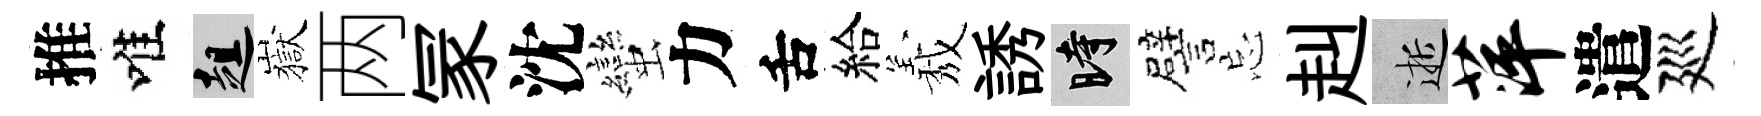
推唯趄嶽两冡沈蠻力舌給𦏁誘时譬忘赳逝萍遣廵